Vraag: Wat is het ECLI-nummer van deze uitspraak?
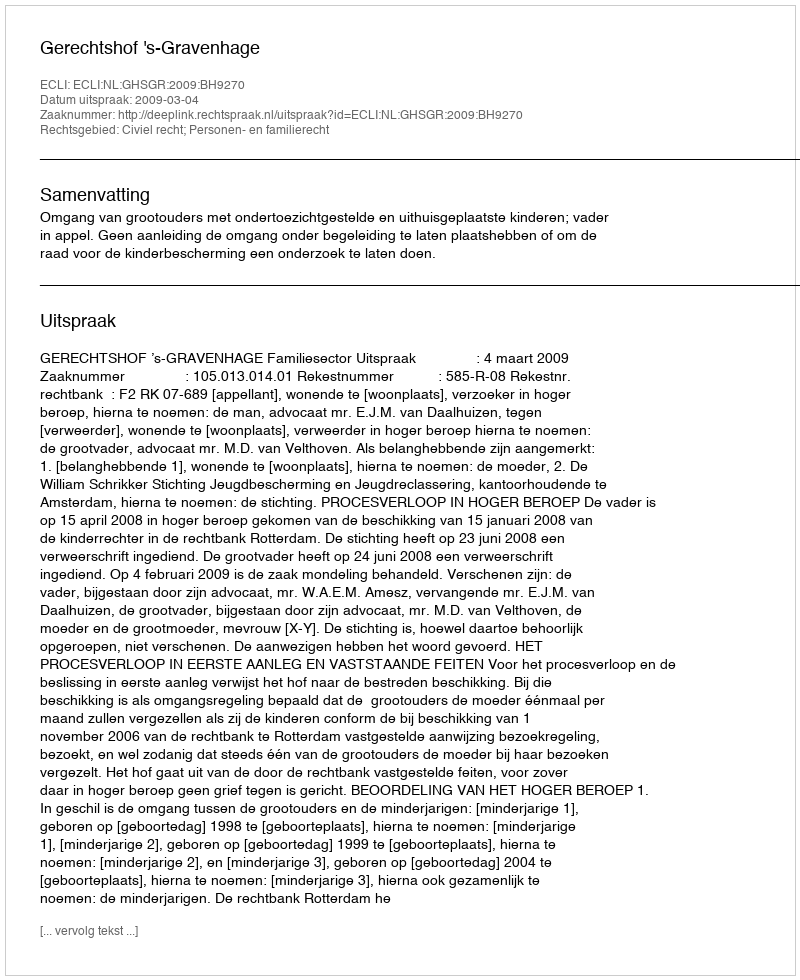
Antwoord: ECLI:NL:GHSGR:2009:BH9270